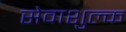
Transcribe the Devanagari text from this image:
सेवाशुल्क